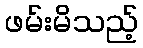
ဖမ်းမိသည့်